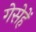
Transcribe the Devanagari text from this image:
गेसेहें